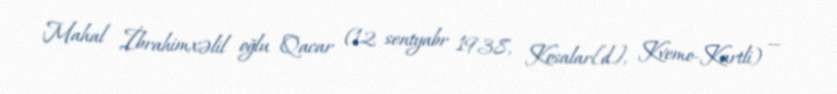
Mahal İbrahimxəlil oğlu Qacar (12 sentyabr 1938, Kosalar[d], Kvemo-Kartli) —